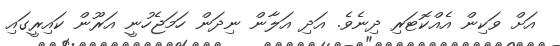
އަށް ވަކިން އެއްކޮޓަރި ދިނެވެ. އަދި އަލާން ނިދަން ހަމަޖެހުނީ އަރޫން ކައިރީގައި